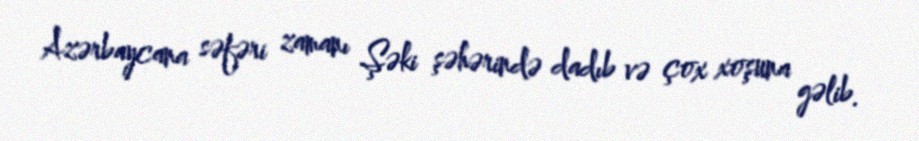
Azərbaycana səfəri zamanı Şəki şəhərində dadıb və çox xoşuna gəlib.